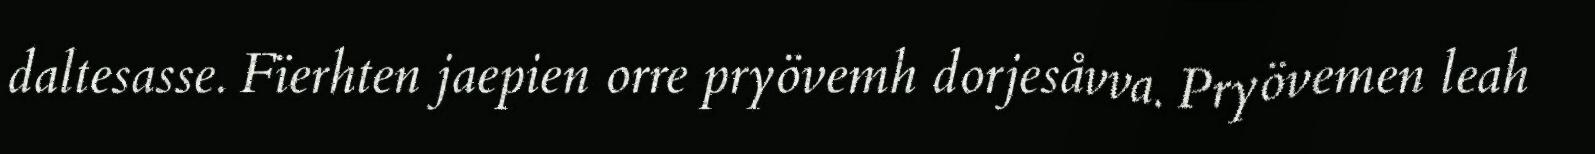
daltesasse. Fïerhten jaepien orre pryövemh dorjesåvva. Pryövemen leah